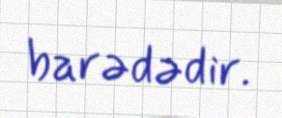
barədədir.